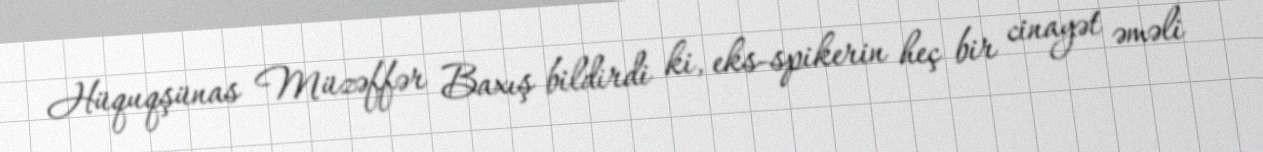
Hüquqşünas Müzəffər Baxış bildirdi ki, eks-spikerin heç bir cinayət əməli